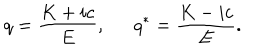
LaTeX: q = \frac { K + i c } { E } , q ^ { * } = \frac { K - i c } { E } .